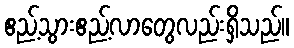
ဧည့်သွားဧည့်လာတွေလည်းရှိသည်။